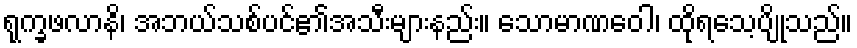
ရုက္ခဖလာနိ၊ အဘယ်သစ်ပင်၏အသီးများနည်း။ သောမာဏဝေါ၊ ထိုရသေ့ပျိုသည်။